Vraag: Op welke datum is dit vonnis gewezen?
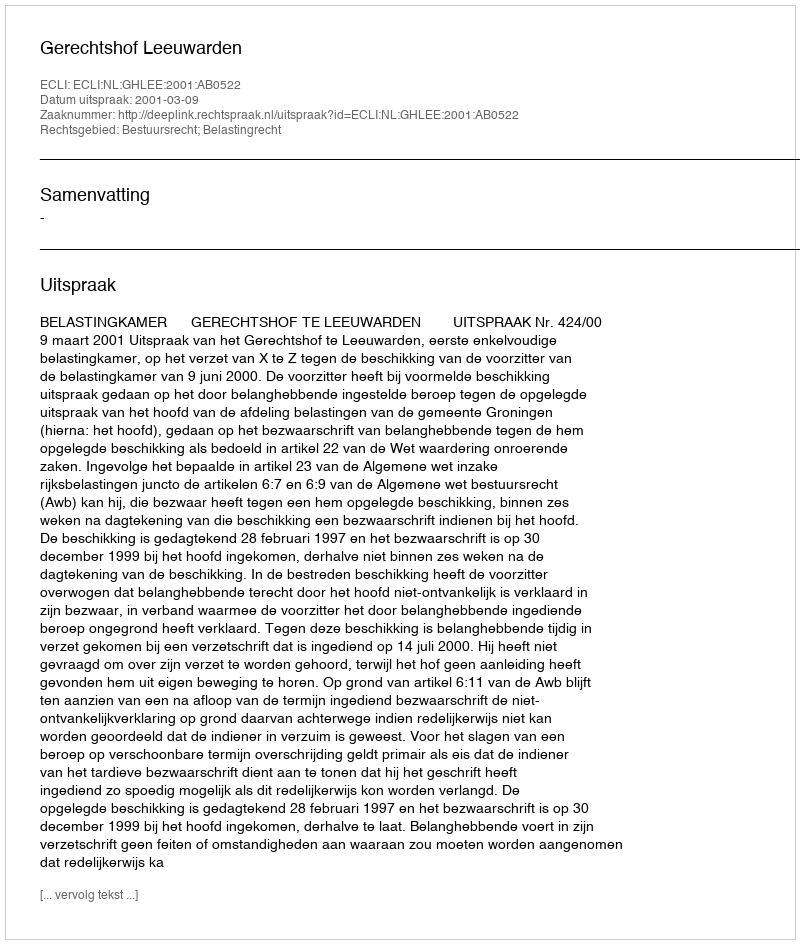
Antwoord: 2001-03-09